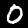
Digit: 0